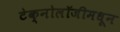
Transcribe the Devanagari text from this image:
टेक्नोलॉजीमधून